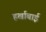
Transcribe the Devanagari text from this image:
हर्खाबाई